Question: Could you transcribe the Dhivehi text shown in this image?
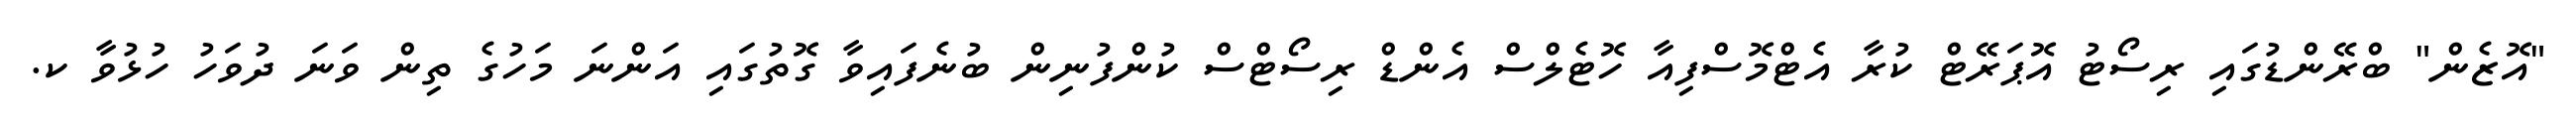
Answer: "އޮޒެން" ބްރޭންޑުގައި ރިސޯޓު އޮޕަރޭޓް ކުރާ އެޓްމޮސްފިއާ ހޮޓެލްސް އެންޑް ރިސޯޓްސް ކުންފުނިން ބުނެފައިވާ ގޮތުގައި އަންނަ މަހުގެ ތިން ވަނަ ދުވަހު ހުޅުވާ ކ.